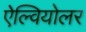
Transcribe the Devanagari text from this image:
ऐल्वियोलर